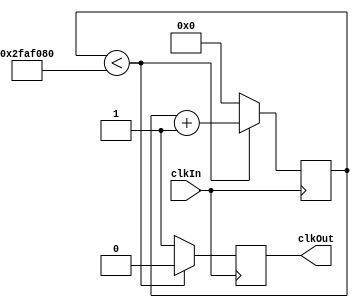
module secondsCounter(clkIn, clkOut);

    parameter SECONDS = 50000000;

	// Define inputs and outputs
	input clkIn;
	output reg clkOut;
	
	reg [26:0] seconds;
	
	always @ (posedge clkIn)
		begin
			if (seconds < (SECONDS))
				begin
					seconds <= seconds + 1;
					clkOut <= 0;
				end
			else
				begin
					seconds <= 0;
					clkOut <= 1;
				end
		end

endmodule